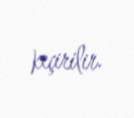
keçirilir.